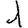
Digit: 1